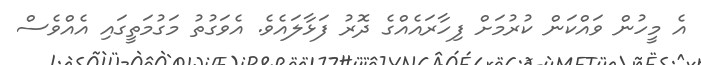
އެ މީހުން ވައްކަން ކުރުމަށް ފިހާރައެއްގެ ދޮރު ފަޅާލައެވެ. އެވަގުތު މަގުމަތީގައި އެއްވެސް